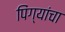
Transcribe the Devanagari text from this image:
पिंग्यांचा